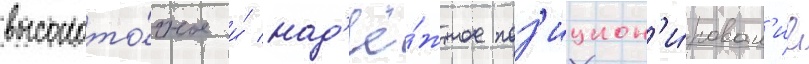
высокото́чное и́ над'ё́жное поз'ицион'и́рован'ие